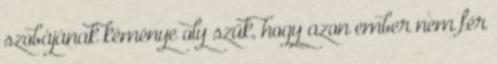
szobájának kéménye oly szűk, hogy azon ember nem fér